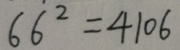
6 6 ^ { 2 } = 4 1 0 6